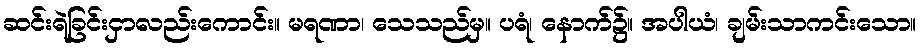
ဆင်းရဲခြင်းငှာလည်းကောင်း။ မရဏာ၊ သေသည်မှ။ ပရံ၊ နောက်၌။ အပါယံ၊ ချမ်းသာကင်းသော။